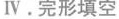
Ⅳ.完形填空